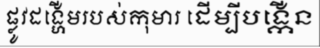
ផ្លូវដង្ហើមរបស់កុមារ ដើម្បីបង្កើន